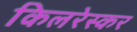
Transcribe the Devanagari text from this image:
किलरेस्कर